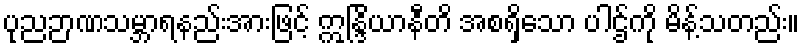
ပုညဉာဏသမ္ဘာရနည်းအားဖြင့် ဣန္ဒြိယာနီတိ အစရှိသော ပါဌ်ကို မိန့်သတည်း။